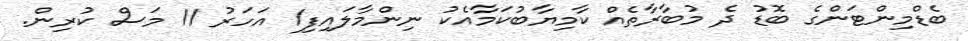
ބެޑްމިންޓަންގެ ބޮޑު ދެ މުބާރާތެއް ކާމިޔާބުކަމާއެކު ނިންމާލައިފި1 އަހަރު 11 މަސް ކުރިން.